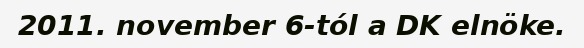
2011. november 6-tól a DK elnöke.